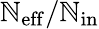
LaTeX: {\mathbb{N}_{\mathrm{{eff}}}}/{\mathbb{N}_{\mathrm{{in}}}}